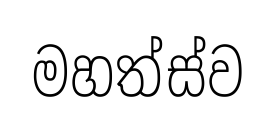
මහත්ස්ව